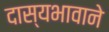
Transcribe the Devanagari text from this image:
दास्यभावाने